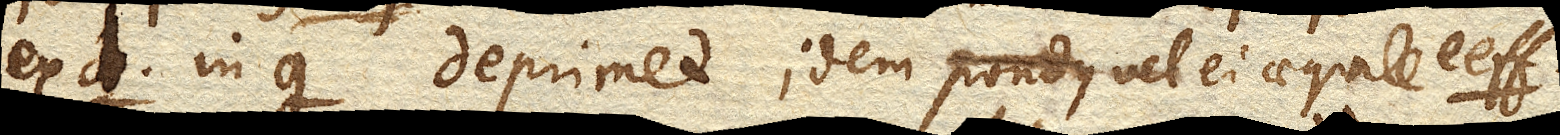
ex d. in g. deprimet idem pondus vel ei aequale ee ff.